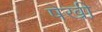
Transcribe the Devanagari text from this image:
षेखी